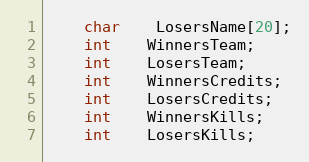
Language: C
	char	LosersName[20];
	int	WinnersTeam;
	int	LosersTeam;
	int	WinnersCredits;
	int	LosersCredits;
	int	WinnersKills;
	int	LosersKills;